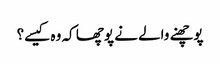
پوچھنے والے نے پوچھا کہ وہ کیسے؟